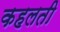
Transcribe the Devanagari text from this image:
कहलती